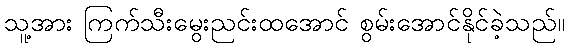
သူ့အား ကြက်သီးမွေးညင်းထအောင် စွမ်းအောင်နိုင်ခဲ့သည်။